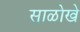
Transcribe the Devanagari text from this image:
साळोखे